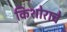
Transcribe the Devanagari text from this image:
किशोराचे